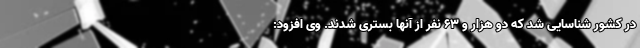
در کشور شناسایی شد که دو هزار و ۶۳ نفر از آنها بستری شدند. وی افزود: